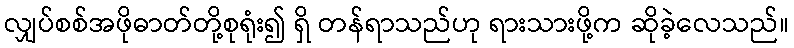
လျှပ်စစ်အဖိုဓာတ်တို့စုရုံး၍ ရှိ တန်ရာသည်ဟု ရားသားဖို့က ဆိုခဲ့လေသည်။